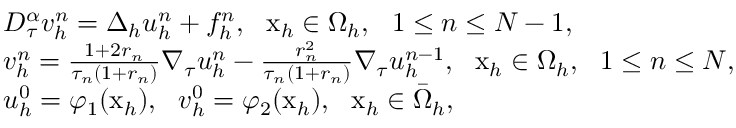
\begin{array} { r l } & { D _ { \tau } ^ { \alpha } v _ { h } ^ { n } = \Delta _ { h } u _ { h } ^ { n } + f _ { h } ^ { n } , ~ ~ \mathrm { x } _ { h } \in \Omega _ { h } , ~ ~ 1 \le n \le N - 1 , } \\ & { v _ { h } ^ { n } = \frac { 1 + 2 r _ { n } } { \tau _ { n } ( 1 + r _ { n } ) } \nabla _ { \tau } u _ { h } ^ { n } - \frac { r _ { n } ^ { 2 } } { \tau _ { n } ( 1 + r _ { n } ) } \nabla _ { \tau } u _ { h } ^ { n - 1 } , ~ ~ \mathrm { x } _ { h } \in \Omega _ { h } , ~ ~ 1 \le n \le N , } \\ & { u _ { h } ^ { 0 } = \varphi _ { 1 } ( \mathrm { x } _ { h } ) , ~ ~ v _ { h } ^ { 0 } = \varphi _ { 2 } ( \mathrm { x } _ { h } ) , ~ ~ \mathrm { x } _ { h } \in \bar { \Omega } _ { h } , } \end{array}